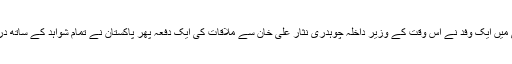
کچھ دنوں بعد فیس بک کے نائب صدر کی سربراہی میں ایک وفد نے اس وقت کے وزیر داخلہ چوہدری نثار علی خان سے ملاقات کی ایک دفعہ پھر پاکستان نے تمام شواہد کے ساتھ درخواست کی کہ متعلقہ چیزوں کو بلاک کردیا جائے۔